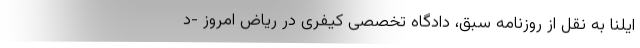
ایلنا به نقل از روزنامه سبق، دادگاه تخصصی کیفری در ریاض امروز -‌د